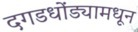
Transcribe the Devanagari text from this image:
दगडधोंड्यामधून